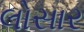
લોસાર